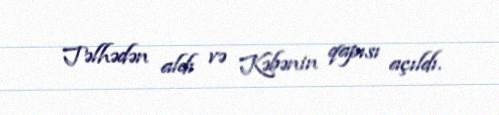
Təlhədən aldı və Kəbənin qapısı açıldı.